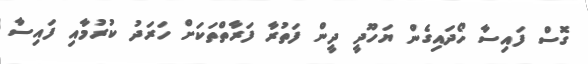
ގޮސް ފައިސާ ހޯދައިގެން ޔަހޫދީ ދީން ފަތުރާ ފަރާތްތަކަށް ހަރަދު ކުރުމާއި ފައިސާ